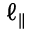
\ell _ { \parallel }